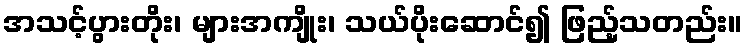
အသင့်ပွားတိုး၊ များအကျိုး၊ သယ်ပိုးဆောင်၍ ဖြည့်သတည်း။